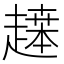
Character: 𬦙